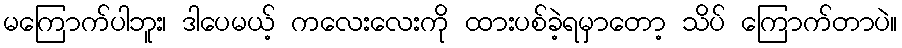
မကြောက်ပါဘူး၊ ဒါပေမယ့် ကလေးလေးကို ထားပစ်ခဲ့ရမှာတော့ သိပ် ကြောက်တာပဲ။